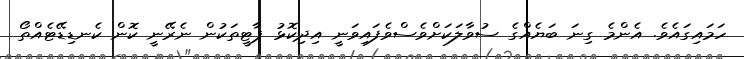
ހަމައިގައެވެ. އެންމެ ގިނަ ބަޔެއްގެ ސުވާލަކަށްވެސްވެފައިވަނީ އިދިކޮޅު ޕާޓީތަކުން ނެރޭނީ ކޮން ކެނޑިޑޭޓެއްތޯ